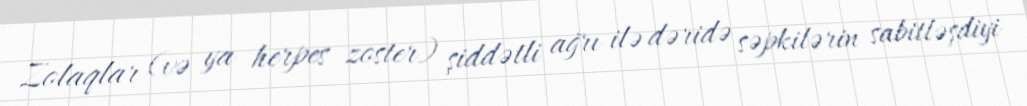
Zolaqlar (və ya herpes zoster) şiddətli ağrı ilə dəridə səpkilərin sabitləşdiyi